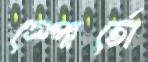
স্পোর্তো